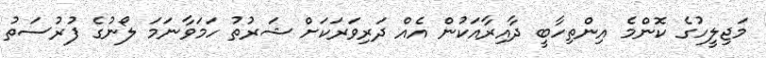
މަޖިލީހުގެ ކޮންމެ އިންތިހާބީ ދާއިރާއަކުން އެއް ދަރިވަރަކަށް ޝަރުތު ހަމަވާނަމަ ލޯނުގެ ފުރުސަތު